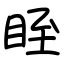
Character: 眰